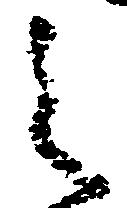
之